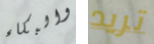
والبكاء تريد